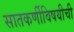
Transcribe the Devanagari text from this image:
सातकर्णीविषयीची